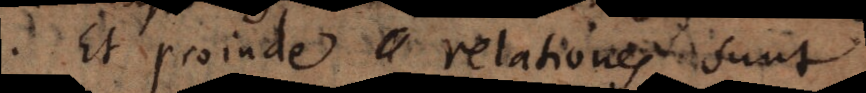
. Et proinde relationes sunt